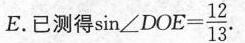
E.已测得 $$\sin ∠ D O E = \frac { 1 2 } { 1 3 }$$.